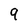
Character: 9